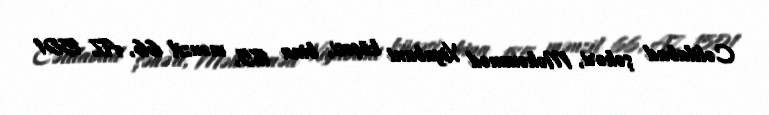
Cəlilabad şəhəri, Məhəmməd Xiyabani küçəsi, bina 185, mənzil 66, AZ 1501